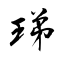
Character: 珶